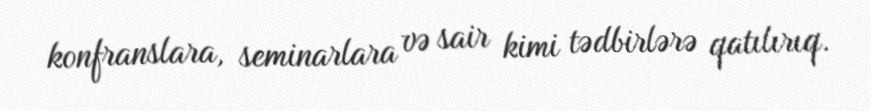
konfranslara, seminarlara və sair kimi tədbirlərə qatılırıq.